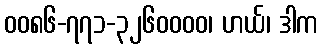
၀၀၈၆-၇၇၁-၃၂၆၀၀၀၀၊ ဟယ်၊ ဒါက